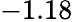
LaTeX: -1.18